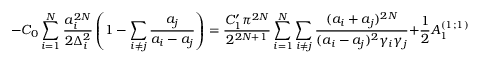
- C _ { 0 } \sum _ { i = 1 } ^ { N } \frac { a _ { i } ^ { 2 N } } { 2 \Delta _ { i } ^ { 2 } } \left( 1 - \sum _ { i \neq j } \frac { a _ { j } } { a _ { i } - a _ { j } } \right) = \frac { C _ { 1 } ^ { \prime } \pi ^ { 2 N } } { 2 ^ { 2 N + 1 } } \sum _ { i = 1 } ^ { N } \sum _ { i \neq j } \frac { ( a _ { i } + a _ { j } ) ^ { 2 N } } { ( a _ { i } - a _ { j } ) ^ { 2 } \gamma _ { i } \gamma _ { j } } + \frac { 1 } { 2 } A _ { 1 } ^ { ( 1 ; 1 ) } \sum _ { i = 1 } ^ { N } a _ { i } ^ { 2 } .